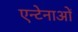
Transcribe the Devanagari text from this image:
एन्टेनाओं